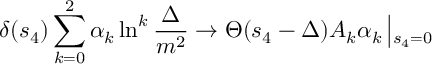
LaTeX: \delta ( s _ { 4 } ) \sum _ { k = 0 } ^ { 2 } \alpha _ { k } \ln ^ { k } \frac { \Delta } { m ^ { 2 } } \rightarrow \Theta ( s _ { 4 } - \Delta ) { \cal A } _ { k } \alpha _ { k } \left| _ { s _ { 4 } = 0 } \right.